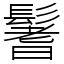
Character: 鬐